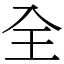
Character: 全